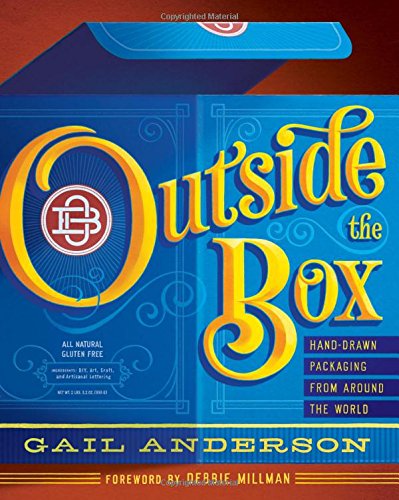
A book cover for Outside the Box: Hand-Drawn Packaging from Around the World; Gail Anderson; Arts & Photography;